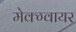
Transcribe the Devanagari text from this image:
मेक्ग्वायर